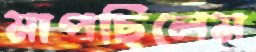
মাপছিলেম